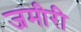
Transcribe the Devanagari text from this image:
जमीरी